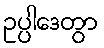
ဥပ္ပါဒေတွာ